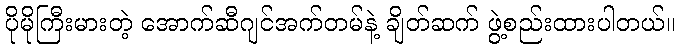
ပိုမိုကြီးမားတဲ့ အောက်ဆီဂျင်အက်တမ်နဲ့ ချိတ်ဆက် ဖွဲ့စည်းထားပါတယ်။